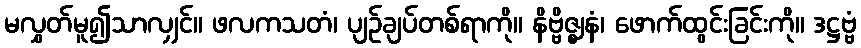
မလွှတ်မူ၍သာလျှင်။ ဖလကသတံ၊ ပျဉ်ချပ်တစ်ရာကို။ နိဗ္ဗိဇ္ဈနံ၊ ဖောက်ထွင်းခြင်းကို။ ဒဋ္ဌဗ္ဗံ